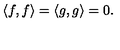
\langle f , f \rangle = \langle g , g \rangle = 0 .